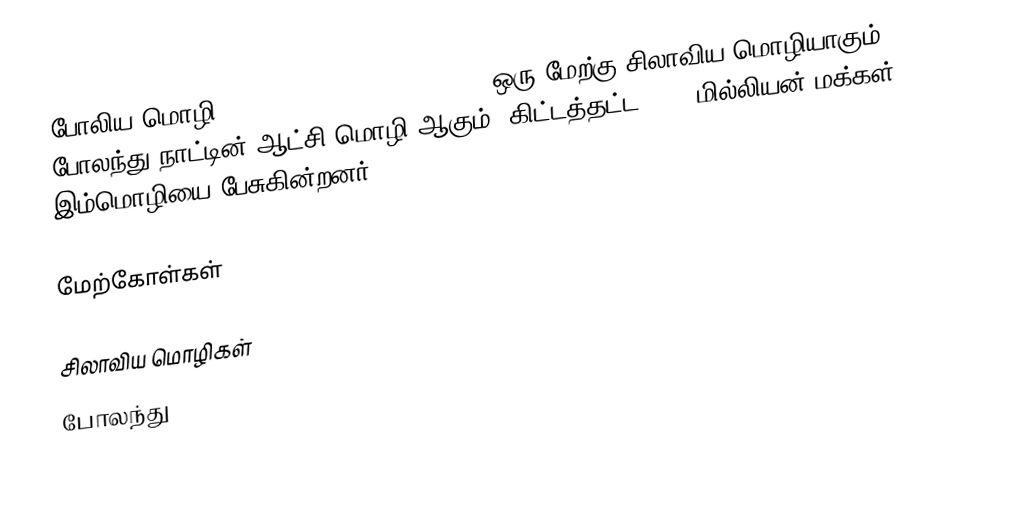
போலிய மொழி (język polski, polszczyzna) ஒரு மேற்கு சிலாவிய மொழியாகும். போலந்து நாட்டின் ஆட்சி மொழி ஆகும். கிட்டத்தட்ட 42.7 மில்லியன் மக்கள் இம்மொழியை பேசுகின்றனர்.

மேற்கோள்கள்

சிலாவிய மொழிகள்
போலந்து